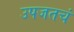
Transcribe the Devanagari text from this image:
उपजतचं